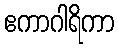
ဧကာဂါရိကာ